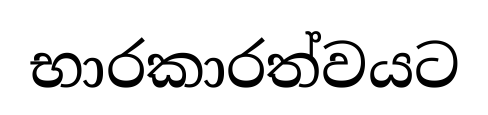
භාරකාරත්වයට